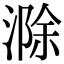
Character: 滁